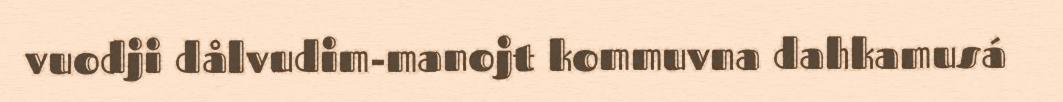
vuodji dålvudim-manojt kommuvna dahkamusá